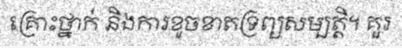
គ្រោះថ្នាក់ និងការខូចខាតទ្រព្យសម្បត្តិ។ គួរ